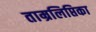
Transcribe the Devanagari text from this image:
ताम्रलिप्तिका